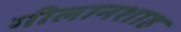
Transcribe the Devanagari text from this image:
गीलानशाह